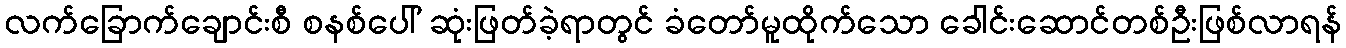
လက်ခြောက်ချောင်းစီ စနစ်ပေါ် ဆုံးဖြတ်ခဲ့ရာတွင် ခံတော်မူထိုက်သော ခေါင်းဆောင်တစ်ဦးဖြစ်လာရန်